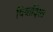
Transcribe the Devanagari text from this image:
विवादिस्त